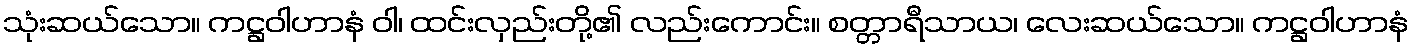
သုံးဆယ်သော။ ကဋ္ဌဝါဟာနံ ဝါ၊ ထင်းလှည်းတို့၏ လည်းကောင်း။ စတ္တာရီသာယ၊ လေးဆယ်သော။ ကဋ္ဌဝါဟာနံ